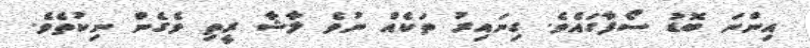
އިންނަ ބޮޑު ސޯފާގައެވެ. ގިނައިރު ތަކެއް ނުވެ ލާޝާ ރީތި ވެގެން ނިކުތެވެ.